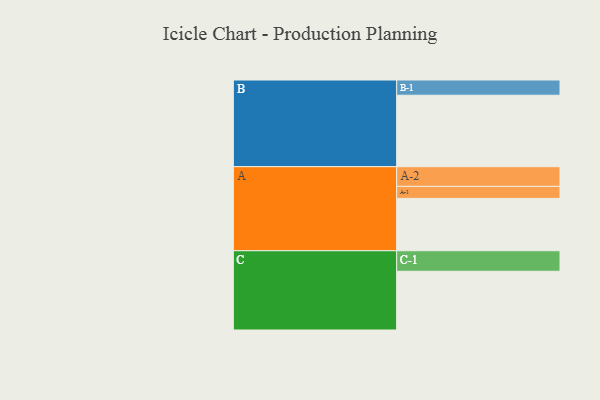
{"axis": {"x": "Segment", "y": "Value"}, "legend": ["", "A", "B", "C"], "data": [{"x": "A", "y": 436, "type": ""}, {"x": "B", "y": 595, "type": ""}, {"x": "C", "y": 489, "type": ""}, {"x": "A-1", "y": 100, "type": "A"}, {"x": "A-2", "y": 164, "type": "A"}, {"x": "B-1", "y": 127, "type": "B"}, {"x": "C-1", "y": 171, "type": "C"}]}